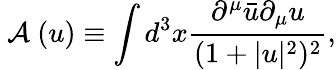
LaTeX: \mathrm{~\cal{A}~}(u)\equiv\int d^{3}x\frac{\partial^{\mu}\bar{u}\partial_{\mu}u}{(1+|u|^{2})^{2}},